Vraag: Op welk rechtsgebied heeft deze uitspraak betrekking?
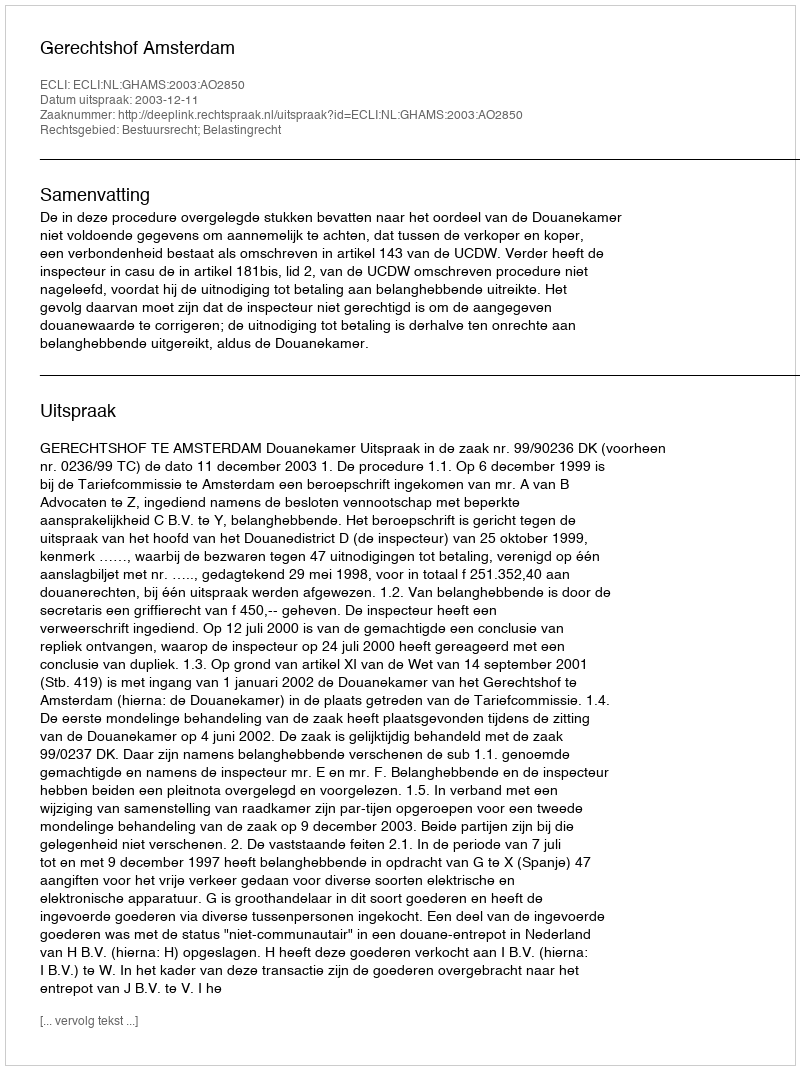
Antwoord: Bestuursrecht; Belastingrecht